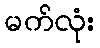
မက်လုံး